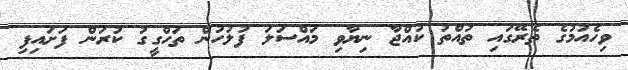
ވިހެއުމުގެ ތެރޭގައި ތުއްތު ކުއްޖާ ނިޔާވި މައްސަލަ ފުލުހުން ތަހްގީގު ކުރަން ފަށައިފި